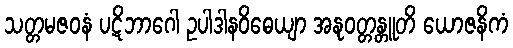
သတ္တမဇဝနံ ပဋိဘာဂေါ ဥပါဒါနဝိဓေယျာ အနုဝတ္တန္တူတိ ယောဇနိကံ